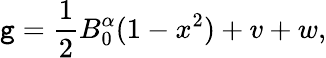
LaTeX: \mathtt{g}=\frac{1}{2}B_{0}^{\alpha}(1-x^{2})+v+w,